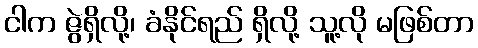
ငါက ဇွဲရှိလို့၊ ခံနိုင်ရည် ရှိလို့ သူ့လို မဖြစ်တာ